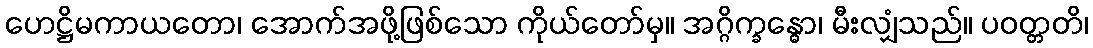
ဟေဋ္ဌိမကာယတော၊ အောက်အဖို့ဖြစ်သော ကိုယ်တော်မှ။ အဂ္ဂိက္ခန္ဓော၊ မီးလျှံသည်။ ပဝတ္တတိ၊